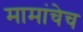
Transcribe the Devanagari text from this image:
मामांचेच